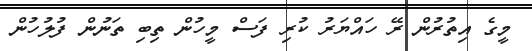
މީގެ އިތުރުން ރޭ ހައްޔަރު ކުރި ފަސް މީހުން ތިބި ތަނުން ފުލުހުން